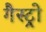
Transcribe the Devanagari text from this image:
गैस्‍ट्रो